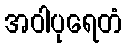
အဝါပုရေတံ